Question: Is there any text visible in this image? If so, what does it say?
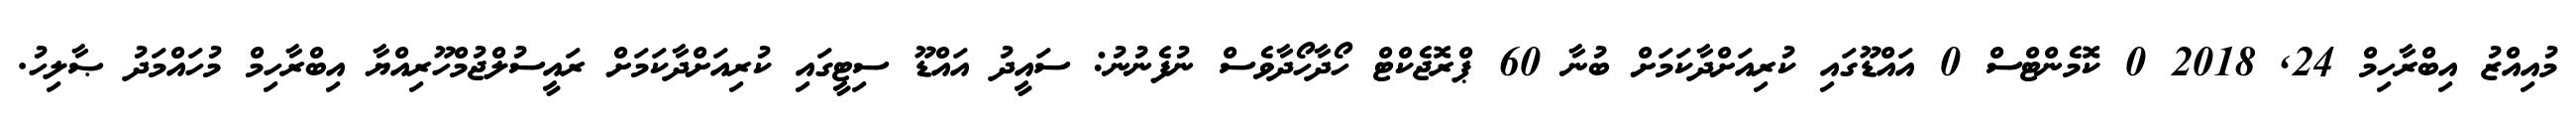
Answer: މުއިއްޒު އިބްރާހިމް 24, 2018 0 ކޮމެންޓްސް 0 އައްޑޫގައި ކުރިއަށްދާކަމަށް ބުނާ 60 ޕްރޮޖެކްޓް ހޯދާހޯދާވެސް ނުފެނުނު: ސައީދު އައްޑޫ ސިޓީގައި ކުރިއަށްދާކަމަށް ރައީސުލްޖުމްހޫރިއްޔާ އިބްރާހިމް މުހައްމަދު ޞާލިހު.